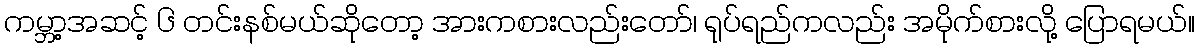
ကမ္ဘာ့အဆင့် ၆ တင်းနစ်မယ်ဆိုတော့ အားကစားလည်းတော်၊ ရုပ်ရည်ကလည်း အမိုက်စားလို့ ပြောရမယ်။